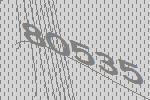
80535